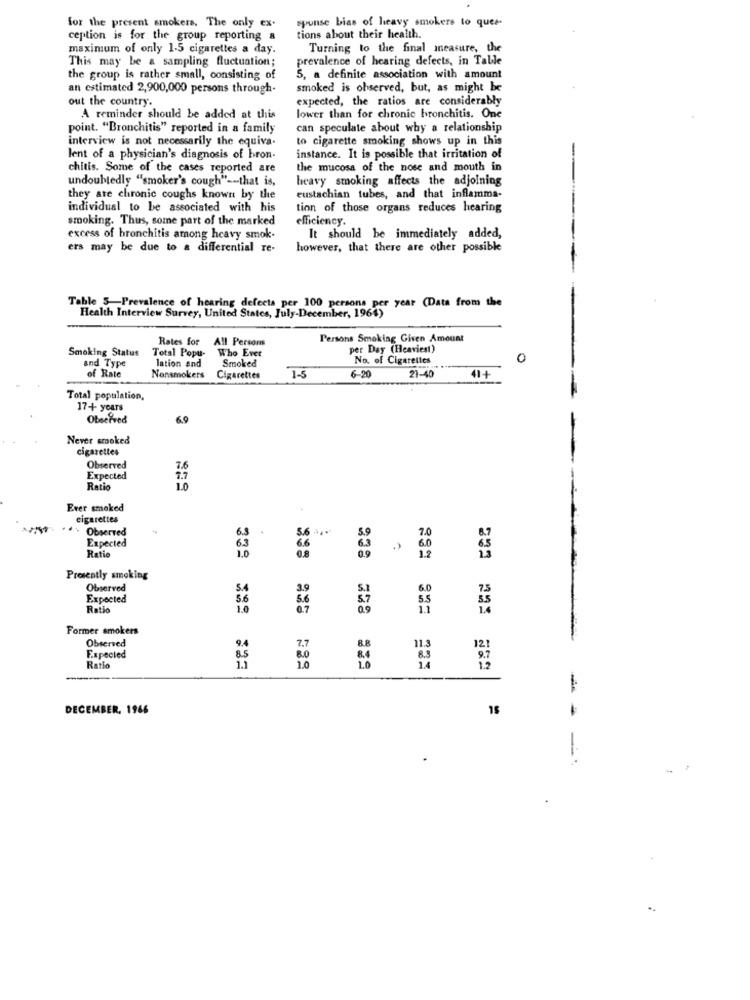
spunse bias of heavy smokers to ques-
for the present smokers. The only ex.
ception is for the group reporting &
tions about their health.
maximum of only 1-5 cigarettes a day.
Turning to the final measure, the
prevalence of hearing defects, in Table
This may be a sampling fluctuation;
the group is rather small, consisting of
5, a definite association with amount
an estimated 2,900,000 persons through-
smoked is observed, but, as might be
out the country.
expected, the ratios are considerably
A reminder should be added at this
lower than for chronic bronchitis. One
point. "Bronchitis" reported in a family
can speculate about why a relationship
interview is not necessarily the equiva.
to cigarette smoking shows up in this
lent of a physician's diagnosis of bron-
instance. It is possible that irritation of
chitis. Some of the cases reported are
the mucosa of the nose and mouth in
undoubtedly "smoker's cough" -- that is,
heavy smoking affects the adjoining
they are chronic coughs known by the
eustachian tubes, and that inflamma-
individual to be associated with his
tion of those organs reduces hearing
smoking. Thus, some part of the marked
efficiency.
excess of bronchitis among heavy smok.
It should be immediately added,
ers may be due to a differential re-
however, that there are other possible
Table 5-Prevalence of hearing defects per 100 persons per year (Data from the
Health Interview Survey, United States, July-December, 1964)
Rates for
All Persons
Persons Smoking Given Amount
Smoking Status
Who Ever
per Day (Heaviest)
and Type
Total Popu-
lation and
Smoked
No. of Cigarettes
0
41+
of Rate
Nonsmokers
Cigarettes
1-5
6-20
21-40
Total population,
17+ years
Observed
6.9
Never smoked
cigarettes
Observed
7.6
Expected
Ratio
10
Ever smoked
cigarettes
...
Observed
6.8.
Expected
6.3
1.0
0.9
6.0
Ratio
938
1.2
Presently smoking
Observed
S.A
5
6.
Expected
5.6
87
55
Ratio
1.0
09
Former smokers
Observed
9.4
7.7
11.
Expected
8.5
1.1
80
8.3
Ratio
1.0
1.0
14
202 00 822
DECEMBER. 1966
- -